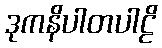
ဒုကနိပါတပါဠိ